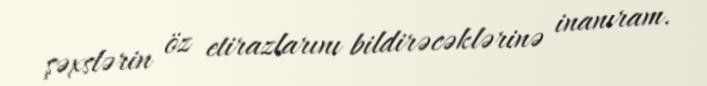
şəxslərin öz etirazlarını bildirəcəklərinə inanıram.